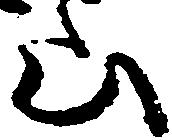
山